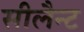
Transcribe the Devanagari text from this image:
सीलैन्ट